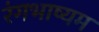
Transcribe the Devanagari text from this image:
रंगभाष्यम